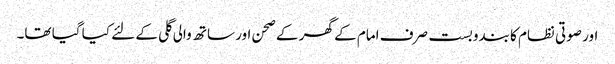
اور صوتی نظام کا بندوبست صرف امام کے گھر کے صحن اور ساتھ والی گلی کے لئے کیا گیا تھا۔